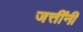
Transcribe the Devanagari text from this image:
जत्तींनी